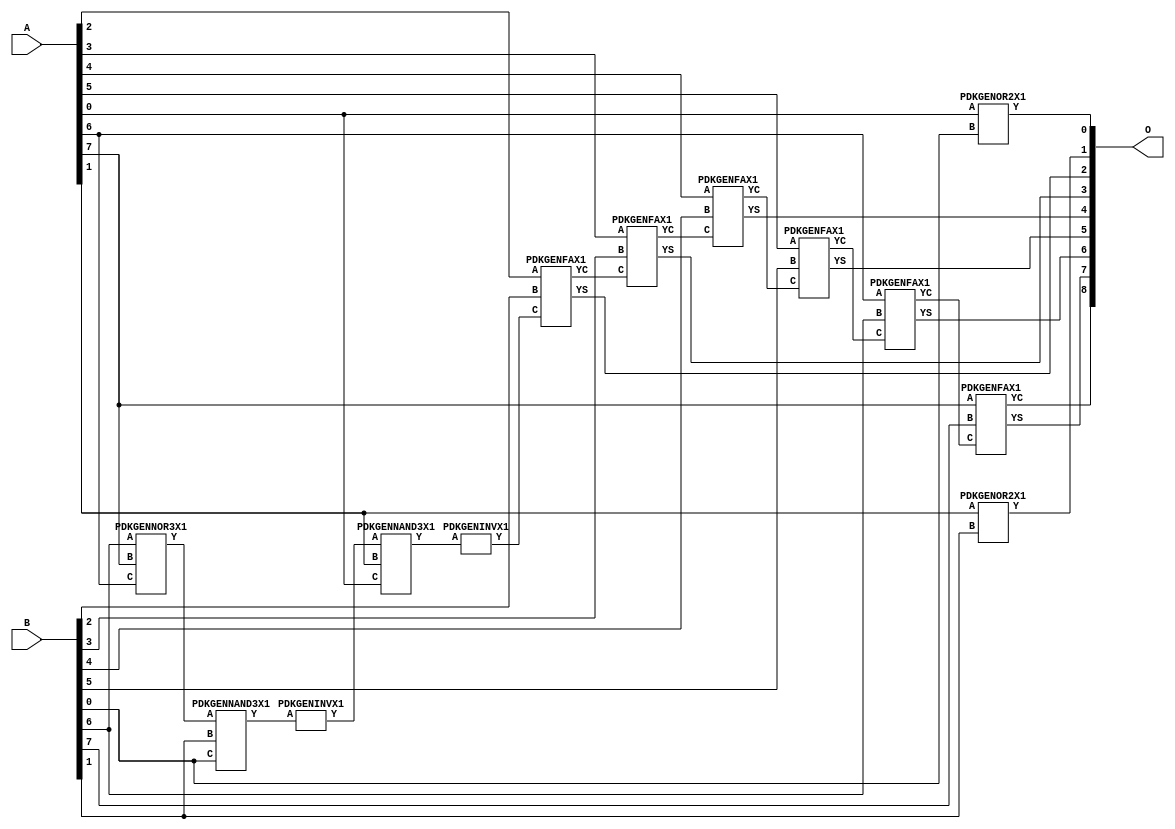
// Library = EvoApprox8b
// Circuit = add8_075
// Area   (180) = 952
// Delay  (180) = 1.830
// Power  (180) = 266.20
// Area   (45) = 69
// Delay  (45) = 0.690
// Power  (45) = 26.13
// Nodes = 13
// HD = 88736
// MAE = 0.73438
// MSE = 1.43750
// MRE = 0.38 %
// WCE = 3
// WCRE = 50 %
// EP = 43.8 %

module add8_075(A, B, O);
  input [7:0] A;
  input [7:0] B;
  output [8:0] O;
  wire [2031:0] N;

  assign N[0] = A[0];
  assign N[1] = A[0];
  assign N[2] = A[1];
  assign N[3] = A[1];
  assign N[4] = A[2];
  assign N[5] = A[2];
  assign N[6] = A[3];
  assign N[7] = A[3];
  assign N[8] = A[4];
  assign N[9] = A[4];
  assign N[10] = A[5];
  assign N[11] = A[5];
  assign N[12] = A[6];
  assign N[13] = A[6];
  assign N[14] = A[7];
  assign N[15] = A[7];
  assign N[16] = B[0];
  assign N[17] = B[0];
  assign N[18] = B[1];
  assign N[19] = B[1];
  assign N[20] = B[2];
  assign N[21] = B[2];
  assign N[22] = B[3];
  assign N[23] = B[3];
  assign N[24] = B[4];
  assign N[25] = B[4];
  assign N[26] = B[5];
  assign N[27] = B[5];
  assign N[28] = B[6];
  assign N[29] = B[6];
  assign N[30] = B[7];
  assign N[31] = B[7];

  PDKGENOR2X1 n32(.A(N[0]), .B(N[16]), .Y(N[32]));
  PDKGENNOR3X1 n38(.A(N[28]), .B(N[14]), .C(N[12]), .Y(N[38]));
  assign N[39] = N[38];
  PDKGENNAND3X1 n52(.A(N[39]), .B(N[18]), .C(N[16]), .Y(N[52]));
  assign N[53] = N[52];
  PDKGENINVX1 n58(.A(N[53]), .Y(N[58]));
  assign N[59] = N[58];
  PDKGENNAND3X1 n62(.A(N[59]), .B(N[2]), .C(N[0]), .Y(N[62]));
  PDKGENOR2X1 n82(.A(N[2]), .B(N[18]), .Y(N[82]));
  assign N[83] = N[82];
  PDKGENINVX1 n126(.A(N[62]), .Y(N[126]));
  PDKGENFAX1 n132(.A(N[4]), .B(N[20]), .C(N[126]), .YS(N[132]), .YC(N[133]));
  PDKGENFAX1 n182(.A(N[6]), .B(N[22]), .C(N[133]), .YS(N[182]), .YC(N[183]));
  PDKGENFAX1 n232(.A(N[8]), .B(N[24]), .C(N[183]), .YS(N[232]), .YC(N[233]));
  PDKGENFAX1 n282(.A(N[10]), .B(N[26]), .C(N[233]), .YS(N[282]), .YC(N[283]));
  PDKGENFAX1 n332(.A(N[12]), .B(N[28]), .C(N[283]), .YS(N[332]), .YC(N[333]));
  PDKGENFAX1 n382(.A(N[14]), .B(N[30]), .C(N[333]), .YS(N[382]), .YC(N[383]));

  assign O[0] = N[32];
  assign O[1] = N[83];
  assign O[2] = N[132];
  assign O[3] = N[182];
  assign O[4] = N[232];
  assign O[5] = N[282];
  assign O[6] = N[332];
  assign O[7] = N[382];
  assign O[8] = N[383];

endmodule
/* mod */
module PDKGENNAND3X1(input A, input B, input C, output Y );
     assign Y = ~((A & B) & C);
endmodule
/* mod */
module PDKGENOR2X1(input A, input B, output Y );
     assign Y = A | B;
endmodule
/* mod */
module PDKGENINVX1(input A, output Y );
     assign Y = ~A;
endmodule
/* mod */
module PDKGENFAX1( input A, input B, input C, output YS, output YC );
    assign YS = (A ^ B) ^ C;
    assign YC = (A & B) | (B & C) | (A & C);
endmodule
/* mod */
module PDKGENNOR3X1(input A, input B, input C, output Y );
     assign Y = ~((A | B) | C);
endmodule